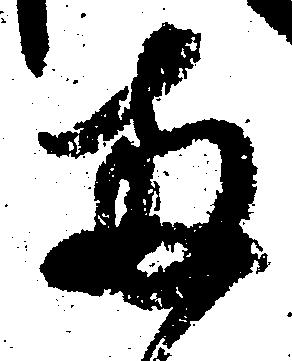
両